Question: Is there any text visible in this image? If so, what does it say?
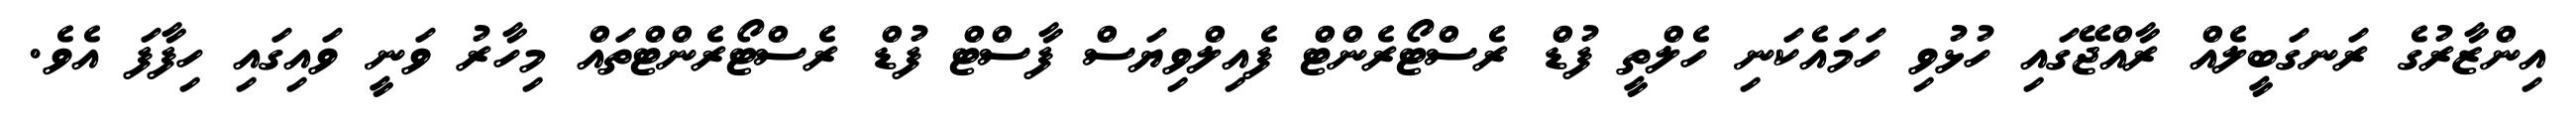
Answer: އިންޒާރުގެ ރަނގަބީލެއް ރާއްޖޭގައި ހުޅުވި ހަމައެކަނި ހެލްތީ ފުޑް ރެސްޓޯރެންޓް ފެއިލްވިޔަސް ފާސްޓް ފުޑް ރެސްޓޯރެންޓްތައް މިހާރު ވަނީ ވައިގައި ހިފާފަ އެވެ.